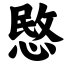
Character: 愍